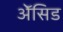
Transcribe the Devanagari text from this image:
ॲेसिड